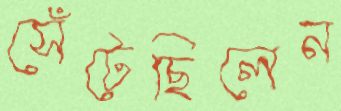
সেঁটেছিলেন